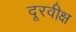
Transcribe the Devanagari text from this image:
दूरवीक्ष